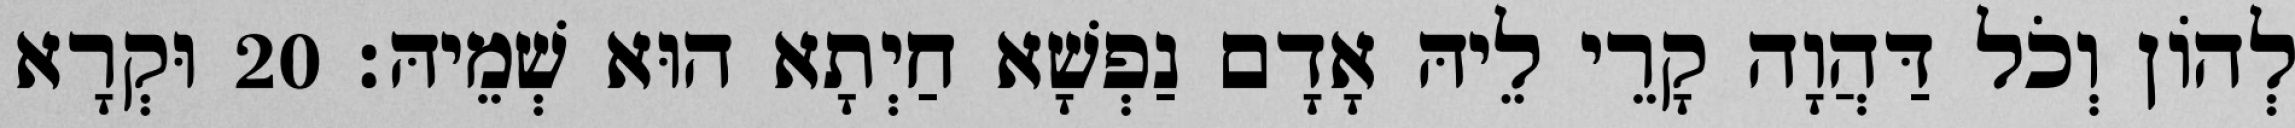
לְהוֹן וְכֹל דַּהֲוָה קָרֵי לֵיהּ אָדָם נַפְשָׁא חַיְתָא הוּא שְׁמֵיהּ׃ 20 וּקְרָא